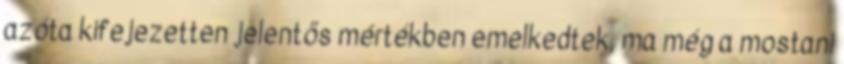
azóta kifejezetten jelentős mértékben emelkedtek, ma még a mostani